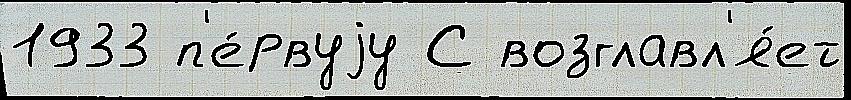
1933 п'е́рвуjу С возглавл'я́ет